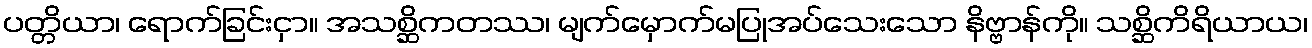
ပတ္တိယာ၊ ရောက်ခြင်းငှာ။ အသစ္ဆိကတဿ၊ မျက်မှောက်မပြုအပ်သေးသော နိဗ္ဗာန်ကို။ သစ္ဆိကိရိယာယ၊